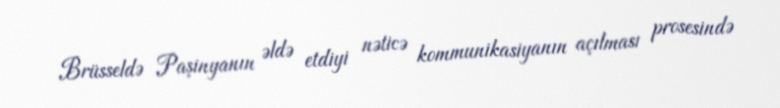
Brüsseldə Paşinyanın əldə etdiyi nəticə kommunikasiyanın açılması prosesində